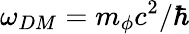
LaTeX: \omega_{DM}=m_{\phi}c^{2}/\hbar